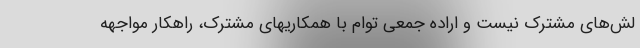
لش‌های مشترک نیست و اراده جمعی توام با همکاریهای مشترک، راهکار مواجهه